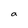
Character: a